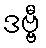
ဒဗ္ဗီ